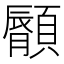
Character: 𩕁